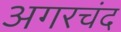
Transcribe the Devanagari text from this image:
अगरचंद